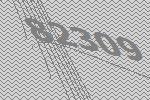
82309